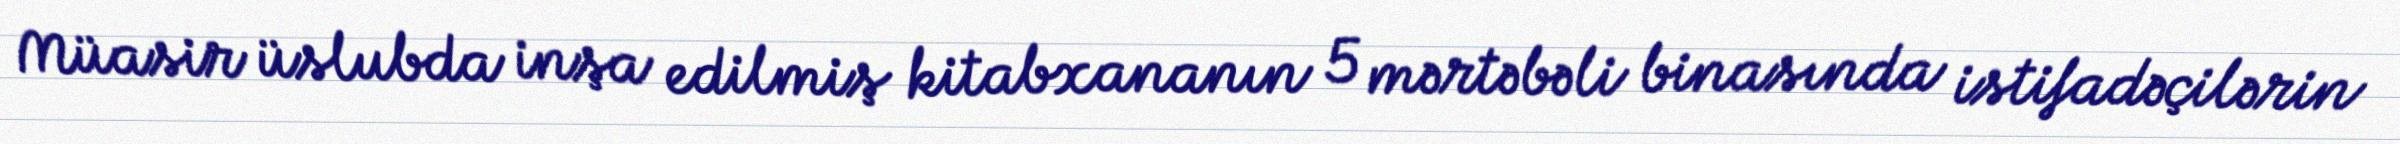
Müasir üslubda inşa edilmiş kitabxananın 5 mərtəbəli binasında istifadəçilərin